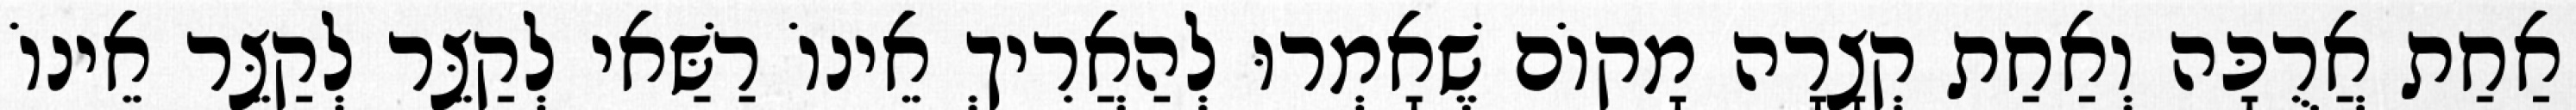
אַחַת אֲרֻכָּה וְאַחַת קְצָרָה מָקוֹם שֶׁאָמְרוּ לְהַאֲרִיךְ אֵינוֹ רַשַּׁאי לְקַצֵּר לְקַצֵּר אֵינוֹ